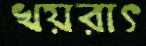
খয়রাৎ